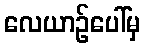
လေယာဉ်ပေါ်မှ